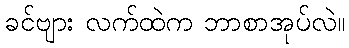
ခင်ဗျား လက်ထဲက ဘာစာအုပ်လဲ။